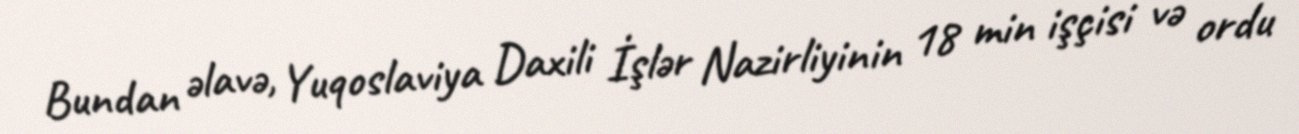
Bundan əlavə, Yuqoslaviya Daxili İşlər Nazirliyinin 18 min işçisi və ordu